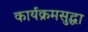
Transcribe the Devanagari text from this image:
कार्यक्रमसुद्धा